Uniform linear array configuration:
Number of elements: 8
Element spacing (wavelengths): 0.75
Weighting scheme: kaiser
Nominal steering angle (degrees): -60
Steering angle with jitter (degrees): -60.39
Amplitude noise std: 0.05
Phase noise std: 0.05

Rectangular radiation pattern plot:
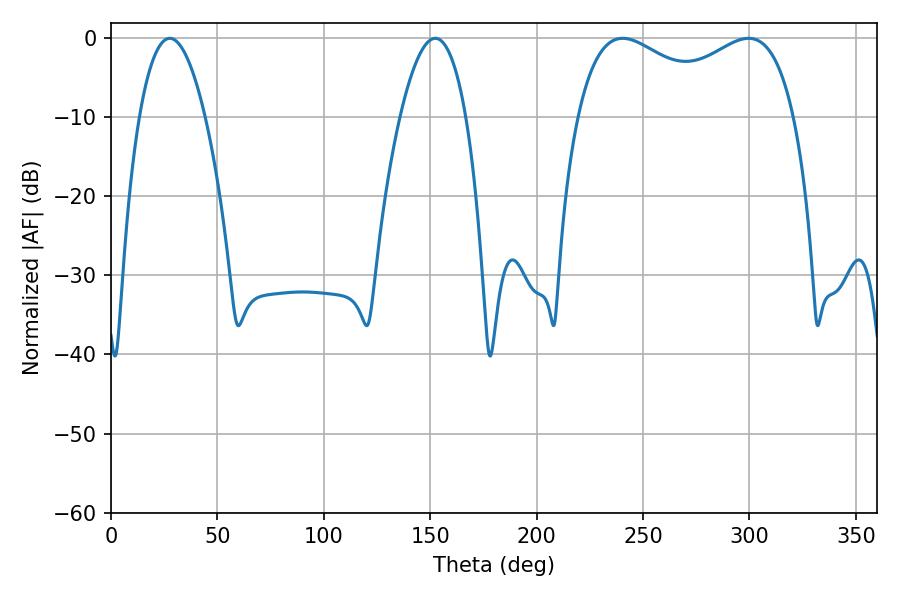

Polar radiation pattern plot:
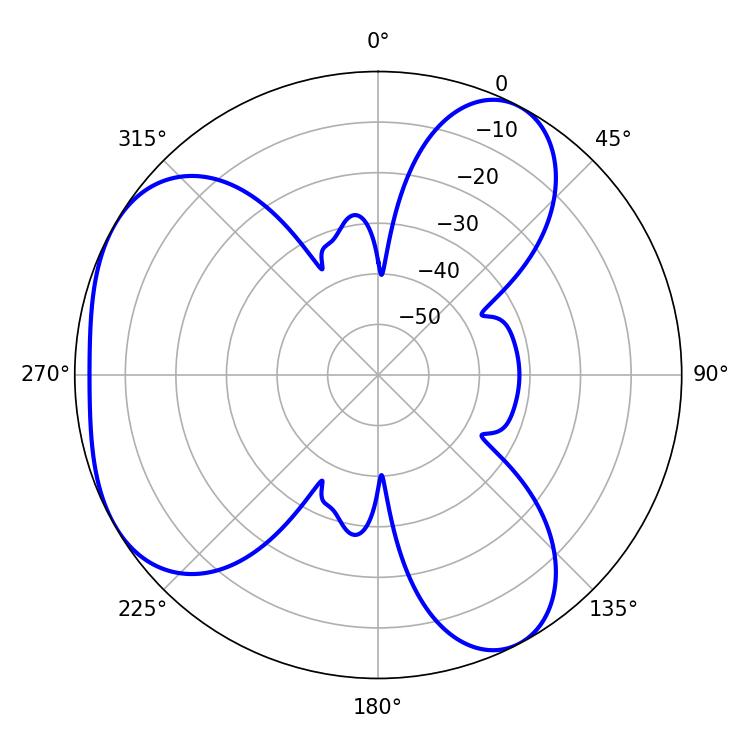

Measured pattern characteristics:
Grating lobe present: TRUE
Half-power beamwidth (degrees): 84.96
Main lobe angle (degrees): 240.48